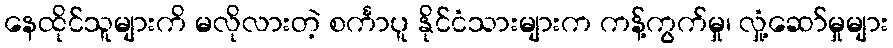
နေထိုင်သူများကိ မလိုလားတဲ့ စင်္ကာပူ နိုင်ငံသားများက ကန့်ကွက်မှု၊ လှုံ့ဆော်မှုများ